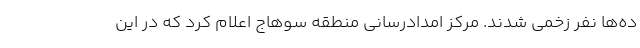
ده‌ها نفر زخمی شدند. مرکز امدادرسانی منطقه سوهاج اعلام کرد که در این